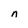
Character: n